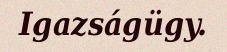
Igazságügy.